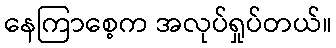
နေကြာစေ့က အလုပ်ရှုပ်တယ်။